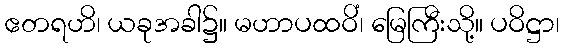
ဧတရဟိ၊ ယခုအခါ၌။ မဟာပထဝိံ၊ မြေကြီးသို့။ ပဝိဋ္ဌာ၊